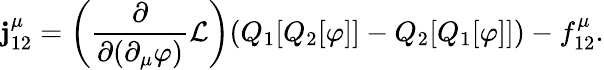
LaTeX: \mathbf{j}_{12}^{\mu}=\left({\frac{{\partial}}{{\partial(\partial_{\mu}\varphi)}}}{\mathcal{{L}}}\right)(Q_{1}[Q_{2}[\varphi]]-Q_{2}[Q_{1}[\varphi]])-f_{12}^{\mu}.